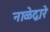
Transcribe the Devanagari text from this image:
नाळेद्वारे